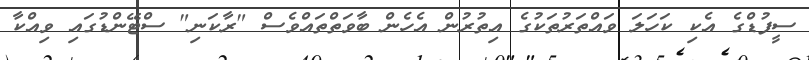
ސީފުޑްގެ އެކި ކަހަލަ ވައްތަރުތަކުގެ އިތުރުން އެހެން ބާވަތްތައްވެސް "ރާކަނި" ސްޓޭންޑުގައި ވިއްކާ